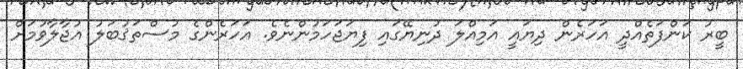
ބީރު ކަންފަތެއްދީ އަހަރެން ދިޔައީ އަމިއްލަ ދުނިޔޭގައި ފިޔަޖަހަމުންނެވެ. އަހަރެންގެ މުސްތަޤުބަލު އުޖާލާވުމަށް